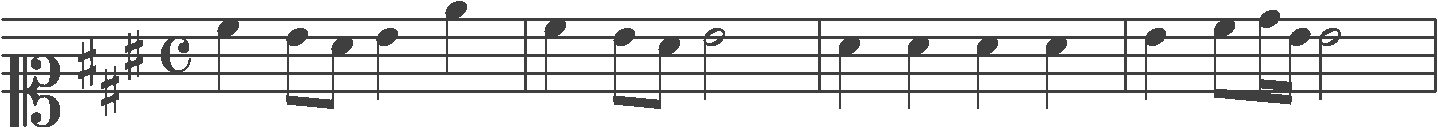
Transcription: clef-C1 keySignature-AM timeSignature-C note-C#5_quarter note-B4_eighth note-A4_eighth note-B4_quarter note-E5_quarter barline note-C#5_quarter note-B4_eighth note-A4_eighth note-B4_half barline note-A4_quarter note-A4_quarter note-A4_quarter note-A4_quarter barline note-B4_quarter note-C#5_eighth note-D5_sixteenth note-B4_sixteenth note-B4_half barline